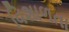
વિશાળતા